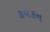
કયકન